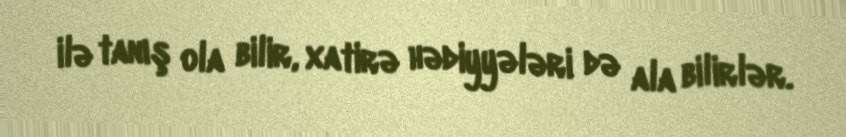
ilə tanış ola bilir, xatirə hədiyyələri də ala bilirlər.